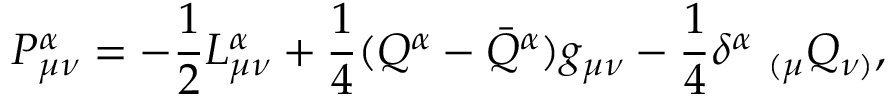
P _ { \mu \nu } ^ { \alpha } = - \frac { 1 } { 2 } L _ { \mu \nu } ^ { \alpha } + \frac { 1 } { 4 } ( Q ^ { \alpha } - \Bar { Q } ^ { \alpha } ) g _ { \mu \nu } - \frac { 1 } { 4 } \delta ^ { \alpha } ~ _ { ( \mu } Q _ { \nu ) } ,